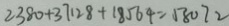
2 3 8 0 + 3 7 1 2 8 + 1 8 5 6 4 = 5 8 0 7 2